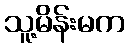
သူ့မိန်းမက